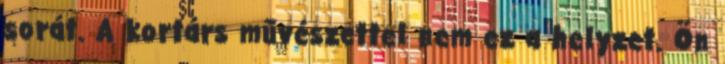
sorát. A kortárs művészettel nem ez a helyzet. Ön